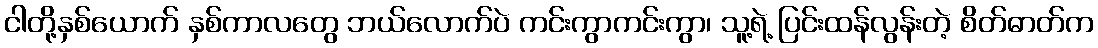
ငါတို့နှစ်ယောက် နှစ်ကာလတွေ ဘယ်လောက်ပဲ ကင်းကွာကင်းကွာ၊ သူ့ရဲ့ ပြင်းထန်လွန်းတဲ့ စိတ်ဓာတ်က